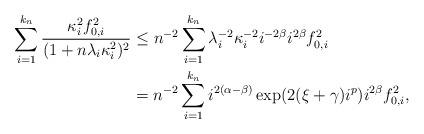
LaTeX: \begin{align*}\sum_{i=1}^{k_n} \frac{\kappa_i^2f_{0,i}^2}{(1+n\lambda_i\kappa_i^2)^2} &\leq n^{-2} \sum_{i=1}^{k_n} \lambda_i^{-2}\kappa_i^{-2}i^{-2\beta}i^{2\beta}f_{0,i}^2\\&= n^{-2} \sum_{i=1}^{k_n} i^{2(\alpha-\beta)}\exp(2(\xi+\gamma)i^p)i^{2\beta}f_{0,i}^2,\end{align*}